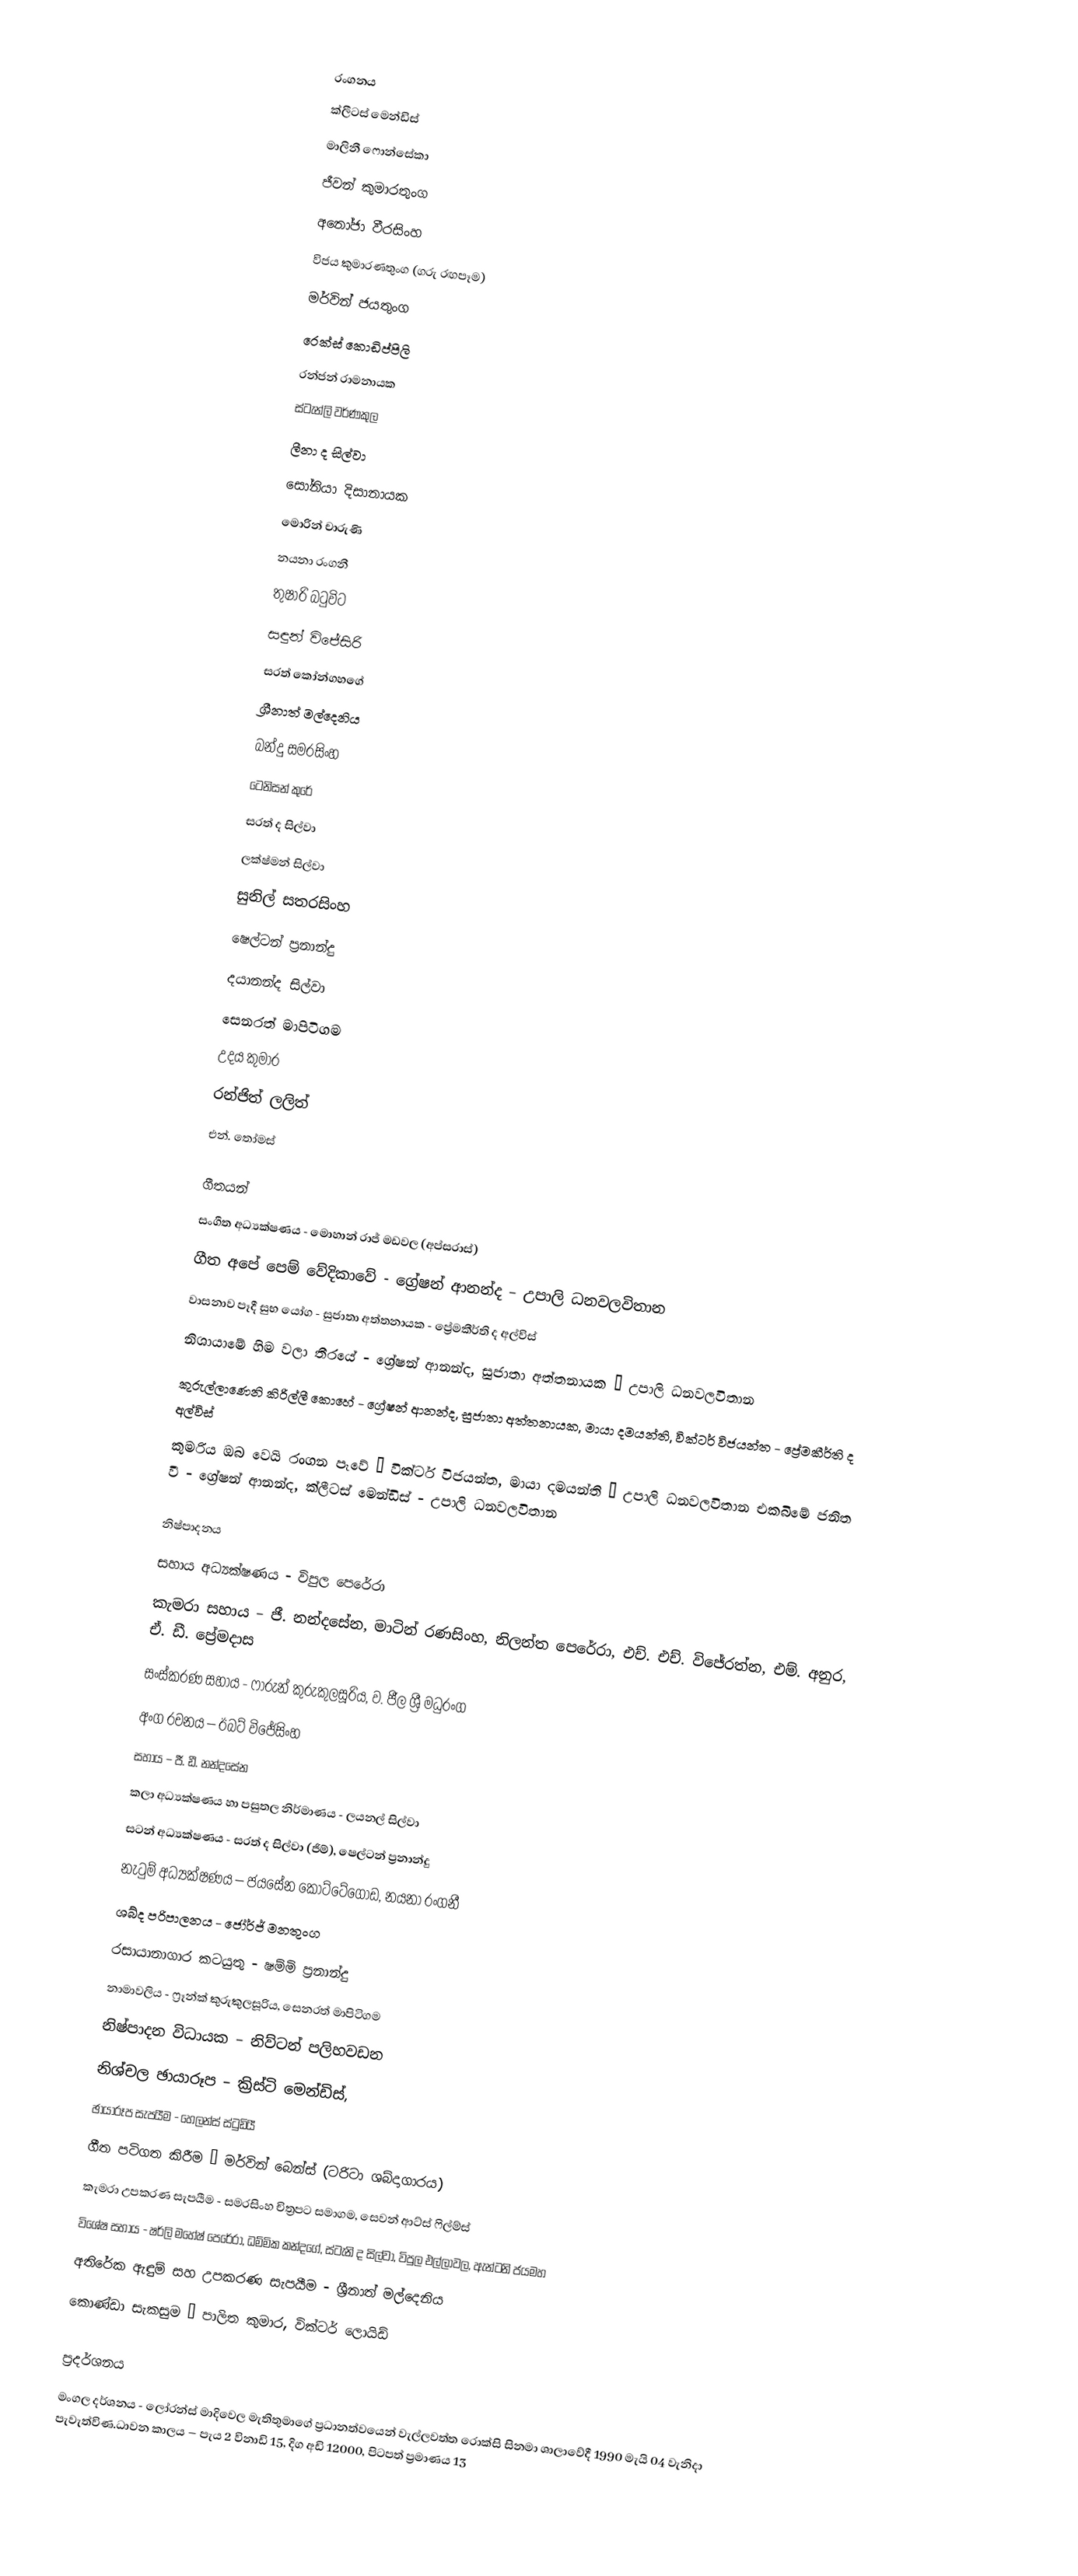

රංගනය
ක්ලීටස් මෙන්ඩිස්
මාලිනී ෆොන්සේකා
ජීවන් කුමාරතුංග
අනෝජා වීරසිංහ
විජය කුමාරණතුංග (ගරු රඟපෑම)
මර්වින් ජයතුංග
රෙක්ස් කොඩිප්පිලි
රන්ජන් රාමනායක
ස්ටැන්ලි වර්ණකුල
ලීනා ද සිල්වා
සෝනියා දිසානායක
මොරින් චාරුණි
නයනා රංගනී
තුෂාරි බටුවිට
සඳුන් විජේසිරි
සරත් කෝන්ගහගේ
ශ්‍රීනාත් මල්දෙනිය
බන්දු සමරසිංහ
ටෙනිසන් කුරේ
සරත් ද සිල්වා
ලක්ෂ්මන් සිල්වා
සුනිල් සතරසිංහ
ෂෙල්ටන් ප්‍රනාන්දු
දයානන්ද සිල්වා
සෙනරත් මාපිටිගම
උදය කුමාර
රන්ජිත් ලලිත්
එන්. තෝමස්

ගීතයන්
සංගීත අධ්‍යක්ෂණය - මොහාන් රාජ් මඩවල (අප්සරාස්)
ගීත අපේ පෙම් වේදිකාවේ - ග්‍රේෂන් ආනන්ද – උපාලි ධනවලවිතාන
වාසනාව පෑදී සුභ යෝග - සුජාතා අත්තනායක - ප්‍රේමකීර්ති ද අල්විස්
නිශායාමේ හිම වලා තීරයේ - ග්‍රේෂන් ආනන්ද, සුජාතා අත්තනායක – උපාලි ධනවලවිතාන
කුරුල්ලාණෙනි කිරිල්ලී කොහේ - ග්‍රේෂන් ආනන්ද, සුජාතා අත්තනායක, මායා දමයන්ති, වික්ටර් විජයන්ත - ප්‍රේමකීර්ති ද අල්විස්
කුමරිය ඔබ වෙයි රංගන පෑවේ – වික්ටර් විජයන්ත, මායා දමයන්ති – උපාලි ධනවලවිතාන එකබිමේ ජනිත වී - ග්‍රේෂන් ආනන්ද, ක්ලීටස් මෙන්ඩිස් - උපාලි ධනවලවිතාන

නිෂ්පාදනය
සහාය අධ්‍යක්ෂණය - විපුල පෙරේරා
කැමරා සහාය – ජී. නන්දසේන, මාටින් රණසිංහ, නිලන්ත පෙරේරා, එච්. එච්. විජේරත්න, එම්. අනුර, ඒ. ඩී. ප්‍රේමදාස
සංස්කරණ සහාය - ෆාරුන් කුරුකුලසූරිය, ව. ජීල ශ්‍රී මධුරංග
අංග රචනය – ඊබට් විජේසිංහ
සහාය – ජී. ඩී. නන්දසේන
කලා අධ්‍යක්ෂණය හා පසුතල නිර්මාණය - ලයනල් සිල්වා
සටන් අධ්‍යක්ෂණය - සරත් ද සිල්වා (ජිම්), ෂෙල්ටන් ප්‍රනාන්දු
නැටුම් අධ්‍යක්ෂණය – ජයසේන කෝට්ටේගොඩ, නයනා රංගනී
ශබ්ද පරිපාලනය - ජෝර්ජ් මනතුංග
රසායානාගාර කටයුතු - ෂම්මි ප්‍රනාන්දු
නාමාවලිය - ෆ්‍රෑන්ක් කුරුකුලසූරිය, සෙනරත් මාපිටිගම
නිෂ්පාදන විධායක – නිව්ටන් පලිහවඩන
නිශ්චල ඡායාරූප – ක්‍රිස්ටි මෙන්ඩිස්,
ඡායාරූප සැපයීම - හෙලන්ස් ස්ටුඩියී
ගීත පටිගත කිරීම – මර්වින් බෙන්ස් (ටරිටා ශබ්දාගාරය)
කැමරා උපකරණ සැපයීම - සමරසිංහ චිත්‍රපට සමාගම, සෙවන් ආට්ස් ෆිල්ම්ස්
විශේෂ සහාය - ෂර්ලි මහේෂ් පෙරේරා, ධම්මික කන්දගේ, ස්ටැනි ද සිල්වා, විපුල එල්ලාවල, ඇන්ටනි ජයමහ
අතිරේක ඇඳුම් සහ උපකරණ සැපයීම - ශ්‍රීනාත් මල්දෙනිය
කොණ්ඩා සැකසුම – පාලිත කුමාර, වික්ටර් ලොයිඩ්

ප්‍රදර්ශනය
මංගල දර්ශනය - ලෝරන්ස් මාදිවෙල මැතිතුමාගේ ප්‍රධානත්වයෙන් වැල්ලවත්ත රොක්සි සිනමා ශාලාවේදී 1990 මැයි 04 වැනිදා පැවැත්විණ.ධාවන කාලය – පැය 2 විනාඩි 15, දිග අඩි 12000, පිටපත් ප්‍රමාණය 13